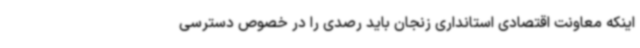
اینکه معاونت اقتصادی استانداری زنجان باید رصدی را در خصوص دسترسی